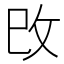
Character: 攺